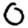
Digit: 0